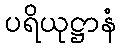
ပရိယုဋ္ဌာနံ